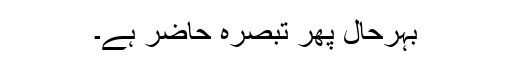
بہرحال پھر تبصرہ حاضر ہے۔